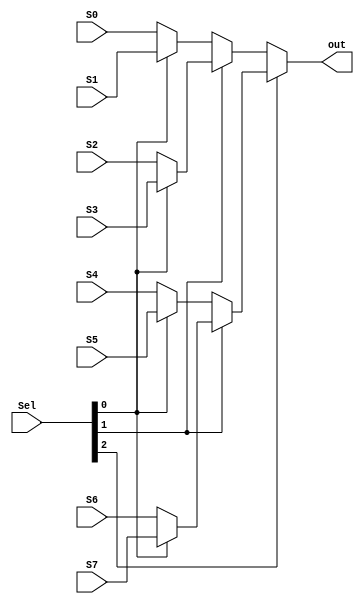
module MUX8_1_Icontrol(Sel,S0,S1,S2,S3,S4,S5,S6,S7,out);

input [2:0] Sel;
input S0,S1,S2,S3,S4,S5,S6,S7;
output out;

assign out = (Sel[2])? (Sel[1]?(Sel[0]?S7:S6) : (Sel[0]?S5:S4))  :  (Sel[1]?(Sel[0]?S3:S2) : (Sel[0]?S1:S0));

endmodule